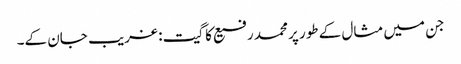
جن میں مثال کے طور پر محمد رفیع کا گیت: غریب جان کے۔